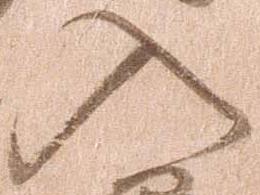
入